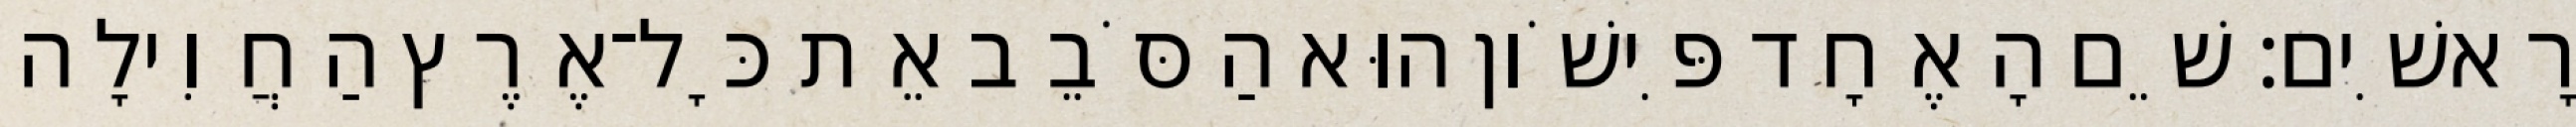
רָאשִׁים׃ שֵׁם הָאֶחָד פִּישֹׁון הוּא הַסֹּבֵב אֵת כָּל־אֶרֶץ הַחֲוִילָה